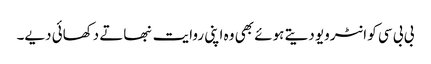
بی بی سی کو انٹرویو دیتے ہوئے بھی وہ اپنی روایت نبھاتے دکھائی دیے۔